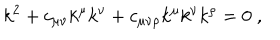
LaTeX: k ^ { 2 } + c _ { \mu \nu } k ^ { \mu } k ^ { \nu } + c _ { \mu \nu \rho } k ^ { \mu } k ^ { \nu } k ^ { \rho } = 0 \; ,